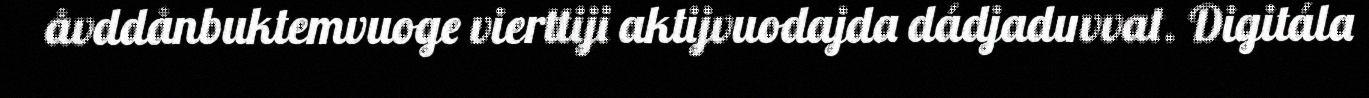
åvddånbuktemvuoge vierttiji aktijvuodajda dádjaduvvat. Digitála